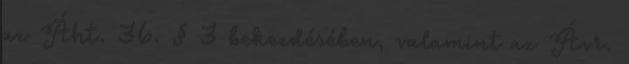
az Áht. 36. § 3 bekezdésében, valamint az Ávr.